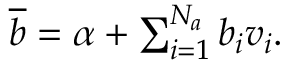
\begin{array} { r } { \overline { { b } } = \alpha + \sum _ { i = 1 } ^ { N _ { a } } b _ { i } v _ { i } . } \end{array}